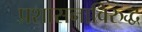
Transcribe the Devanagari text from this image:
प्रशासनाविरुद्ध